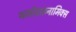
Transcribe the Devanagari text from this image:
थर्मोडाइनामिक्स